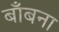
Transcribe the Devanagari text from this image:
बाँबना